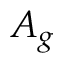
A _ { g }